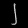
Digit: ၂